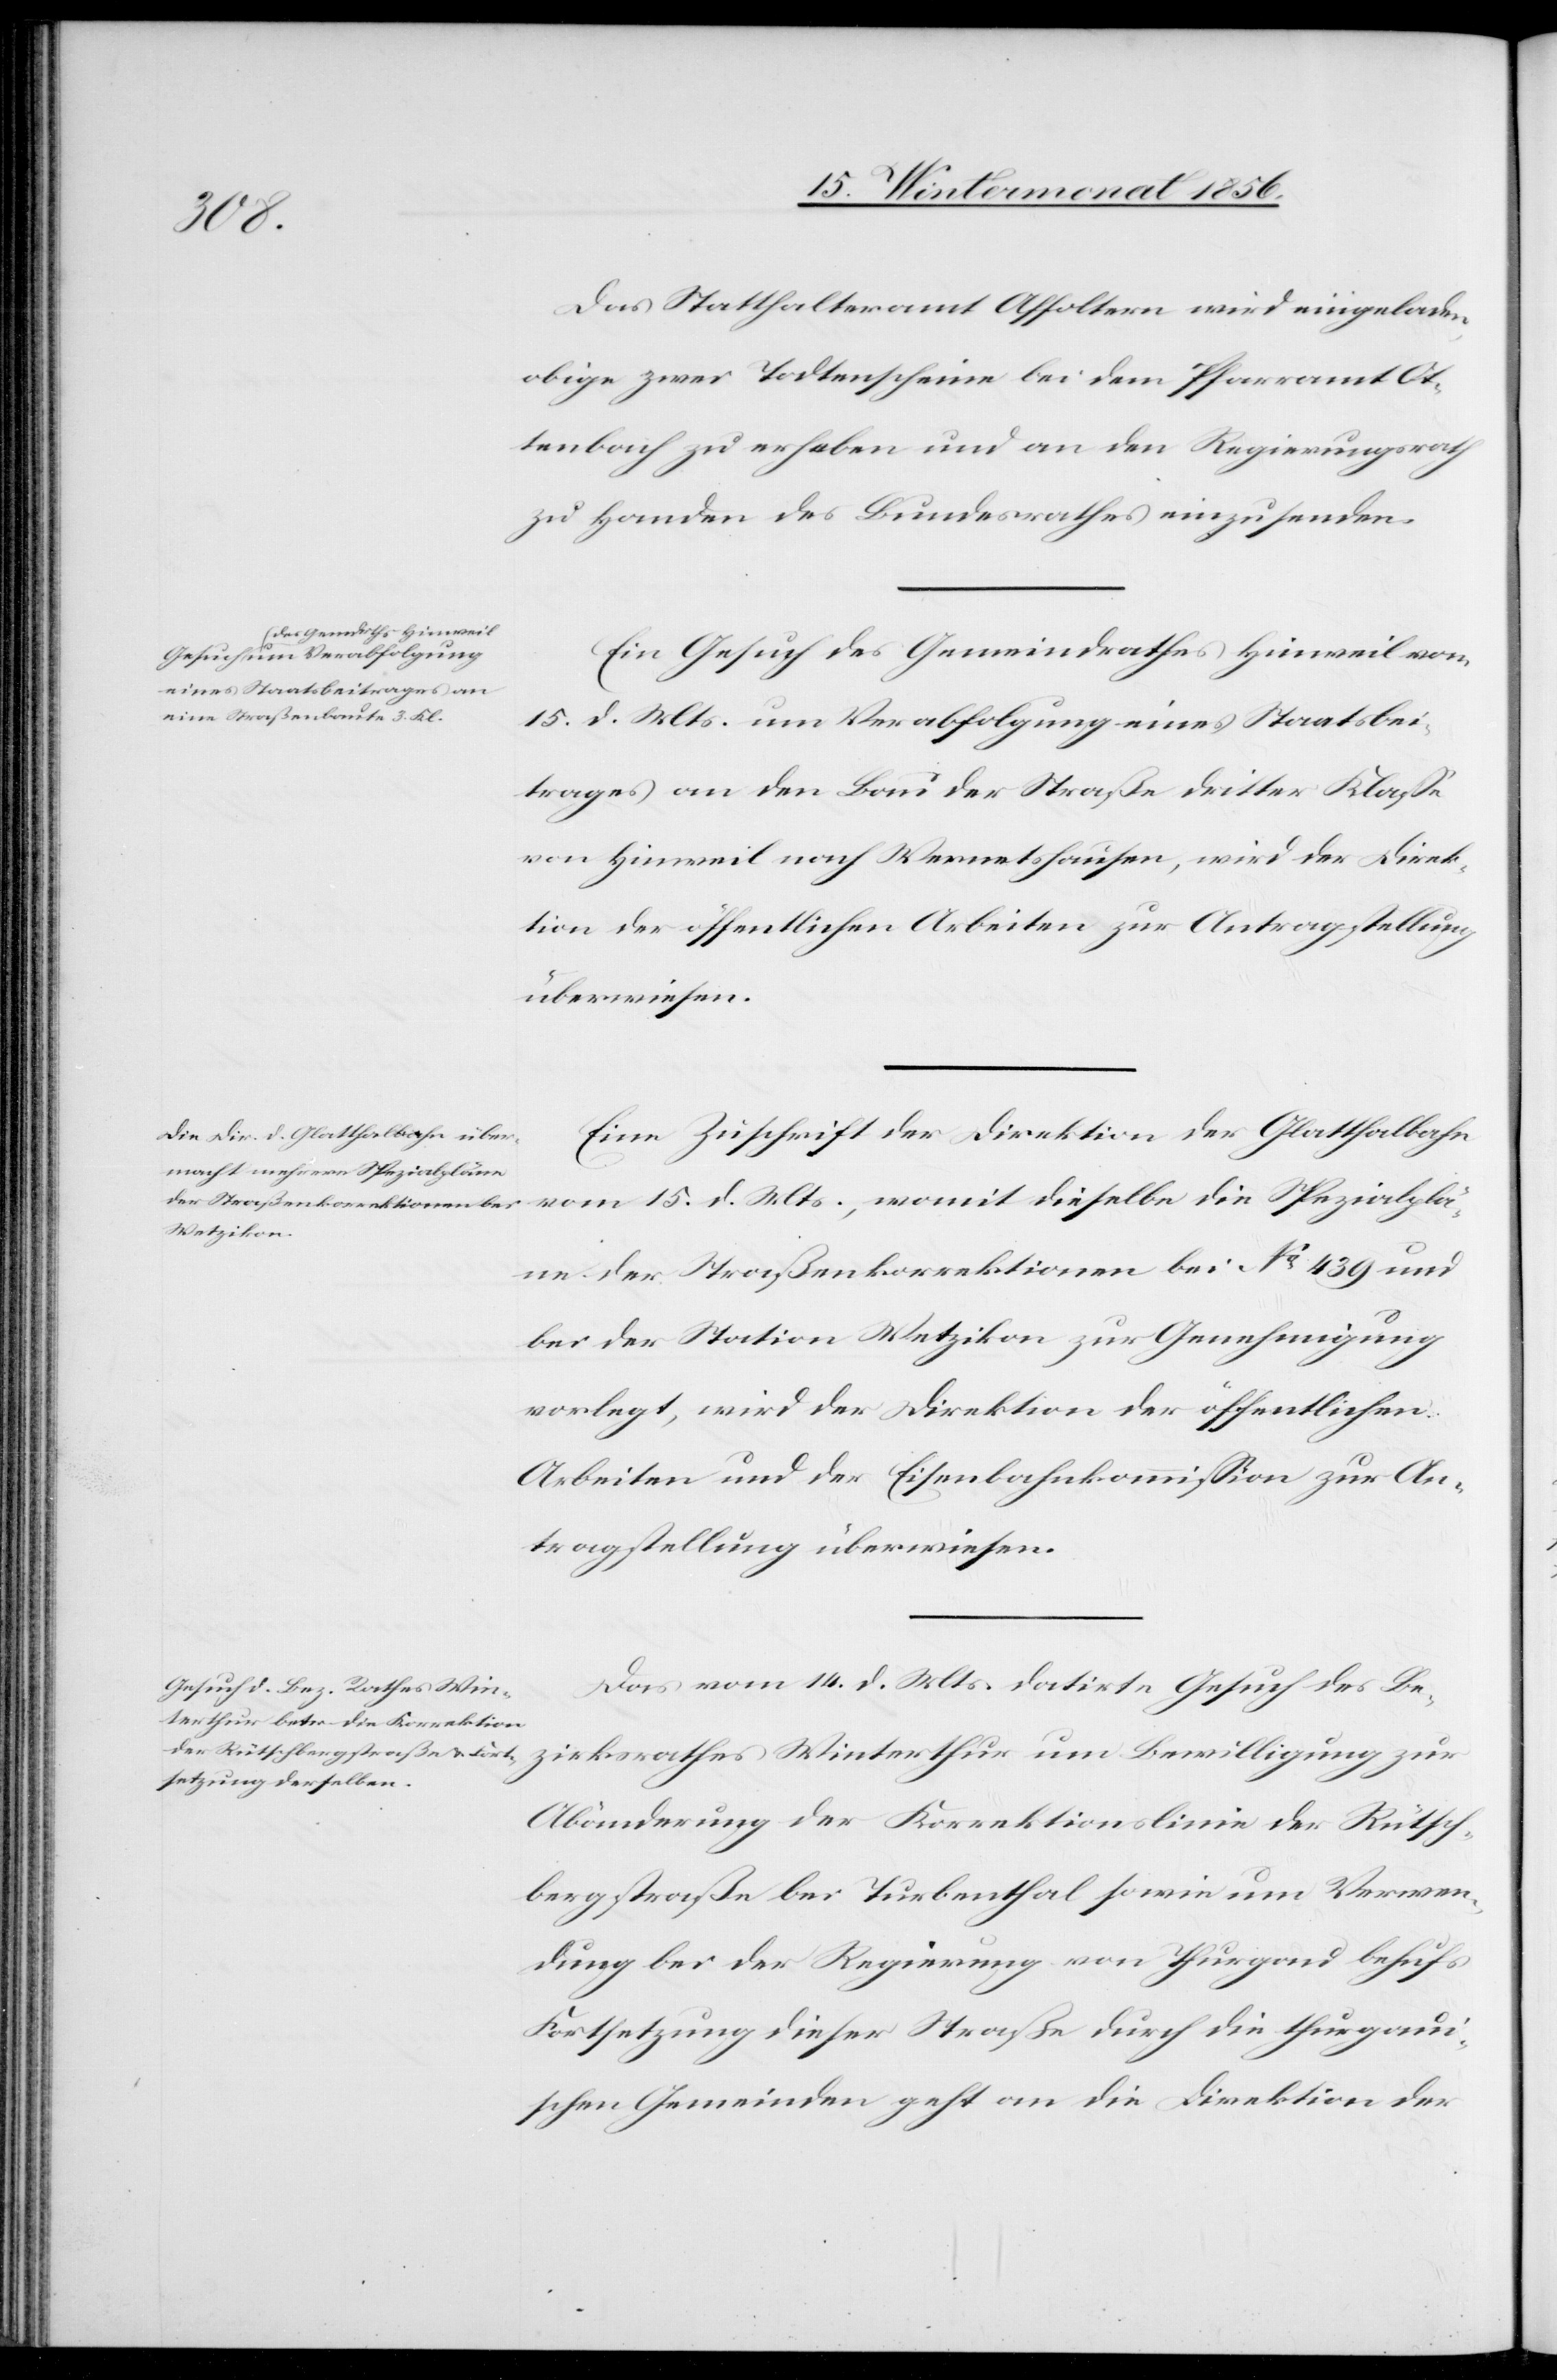
17. Wintermonat 1856.]
zirksrathes
Das Statthalteramt Affoltern wird eingeladen,
obige zwei Todtenscheine bei dem Pfarramt Ot¬
tenbach zu erheben und an den Regierungsrath
zu Handen des Bundesrathes einzusenden.
Ein Gesuch des Gemeindrathes Hinweil vom
15. d. Mts. um Verabfolgung eines Staatsbei¬
trages an den Bau der Straße dritter Klasse
von Hinweil nach Wernetshausen, wird der Direk¬
tion der öffentlichen Arbeiten zur Antragstellung
überwiesen.
Eine Zuschrift der Direktion der Glatthalbahn
ne der Straßenkorrektionen bei No 439 und
bei der Station Wetzikon zur Genehmigung
vorlegt, wird der Direktion der öffentlichen
Arbeiten und der Eisenbahnkommission zur An¬
tragstellung überwiesen.
Das vom 14. d. Mts. datirte Gesuch des Be¬
Abänderung der Korrektionslinie der Rütsch¬
bergstraße bei Turbenthal sowie um Verwen¬
dung bei der Regierung von Thurgau behufs
Fortsetzung dieser Straße durch die thurgaui¬
schen Gemeinden geht an die Direktion der